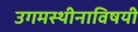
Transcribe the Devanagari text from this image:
उगमस्थीनाविषयी